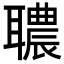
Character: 𦗳